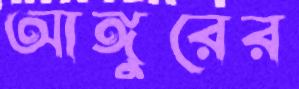
আঙ্গুরের